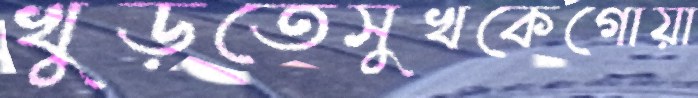
খুড়তেসুখকেগোয়া